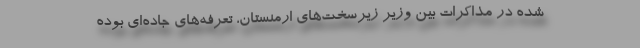
شده در مذاکرات بین وزیر زیرسخت‌های ارمنستان، تعرفه‌های جاده‌ای بوده